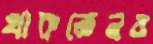
থাকতেনও